Vaccination in the Punjab 1883-1896 - 1883-1896
Year: 1883
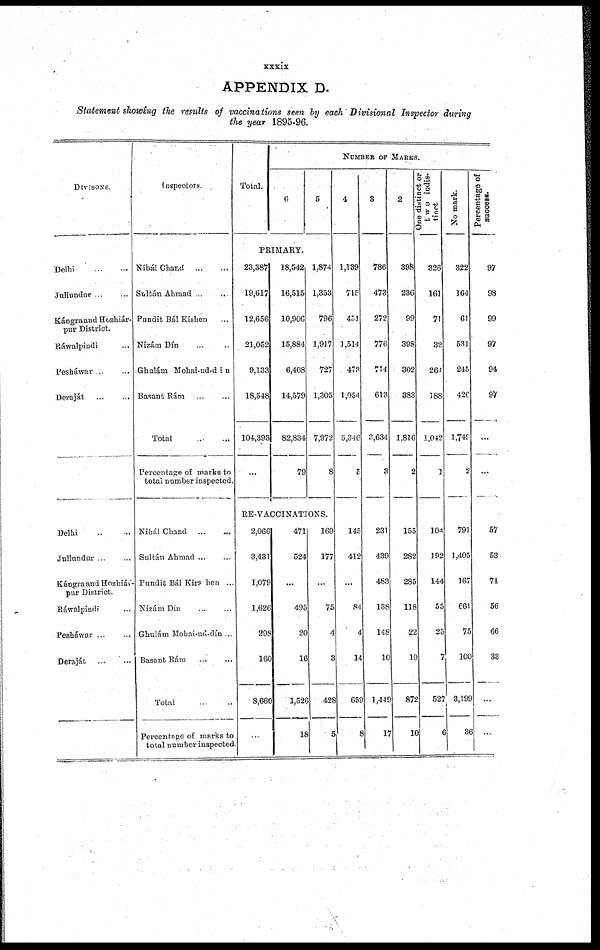
xxxix
APPENDIX D.
Statement showing the results of vaccinations seen by each Divisional Inspector during
the year 1895-96.
DIVISONS.
Delhi
...
...
Jullundur ... ...
Kángraand Hoshiár¬
pur District.
Ráwalpindi ...
Pesháwar ... ...
Deraját
...
...
Delhi
...
...
Jullundur ... ...
Kángraand Hoshiár¬
pur District.
Ráwalpiudi ...
Pesháwar
...
...
Deraját
...
...
Inspectors.
Nihál Chand
...
...
Sultán Ahmad ... ...
Pundit Bál Kishen ...
Nizám Dín ... ...
Ghulám Mohai-ud-d i n
Basant Rárn ... ...
Total ... ...
Percentage of marks to
total number inspected.
Nibál Chand
...
...
Sultán Ahmad ... ...
Pundit Bál Kirshen ...
Nizám Dín ...
Ghulám Mohai-ud-dín ...
Basant Rám
...
...
Total
...
...
Percentage of marks to
total number inspected
Total.
NUMBER OF MARKS.
6
5
PRIMARY.
23,387
19,617
12,656
21,052
9,133
18,548
104,393
...
18,542
16,515
10,906
15,884
6,408
14,579
82,834
79
1,874
1,353
796
1,917
727
1,305
7,972
8
RE-VACCINATIONS.
2,066
3,431
1,079
1,626
298
160
8,660
...
471
524
...
495
20
16
1,526
18
169
177
...
75
4
3
428
5
4
1,139
715
451
1,514
473
1,054
5,346
5
145
412
...
84
4
14
659
8
3
786
473
272
776
714
613
3,634
3
231
439
483
138
148
10
1,449
17
2
398
236
99
398
302
383
1,816
2
155
282
285
118
22
10
872
10
One distinct or
two indis-
tinct
326
161
71
32
264
188
1,042
1
104
192
144
55
25
7
527
6
No mark.
322
164
61
531
245
420
1,749
2
791
1,405
167
661
75
100
3,199
36
Percentage of
success.
97
98
99
97
94
97
...
...
57
53
71
56
66
33
...
...